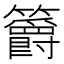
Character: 𥷮